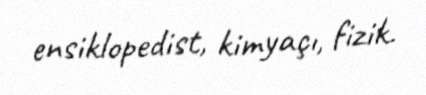
ensiklopedist, kimyaçı, fizik.